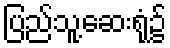
ပြည်သူ့ဆေးရုံ၌